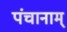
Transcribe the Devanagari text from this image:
पंचानाम्